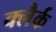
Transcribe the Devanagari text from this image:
क्लैर्क